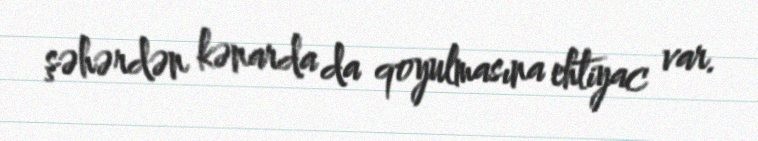
şəhərdən kənarda da qoyulmasına ehtiyac var.